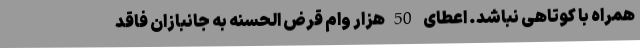
همراه با کوتاهی نباشد. اعطای 50هزار وام قرض الحسنه به جانبازان فاقد